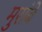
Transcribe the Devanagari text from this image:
मुरांबे